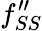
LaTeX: f_{SS}^{\prime\prime}